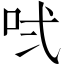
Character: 𠱌